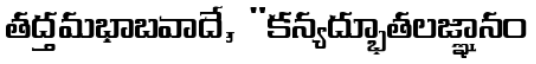
తద్తమభాబవాదే, "కన్యద్భూతలజ్ఞానం